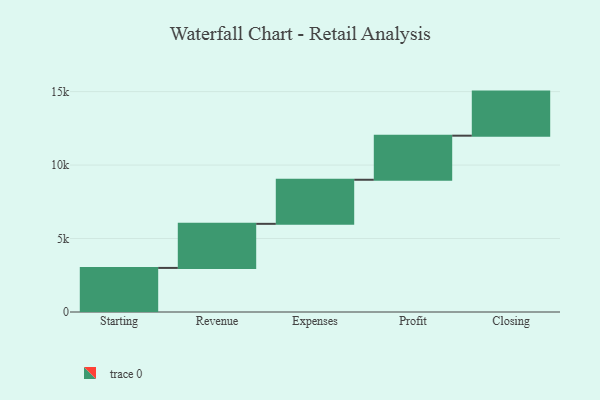
{"axis": {"x": "Step", "y": "Value"}, "legend": [""], "data": [{"x": "Starting", "y": 3000, "type": ""}, {"x": "Revenue", "y": 3000, "type": ""}, {"x": "Expenses", "y": 3000, "type": ""}, {"x": "Profit", "y": 3000, "type": ""}, {"x": "Closing", "y": 3000, "type": ""}]}